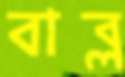
বাব্ল